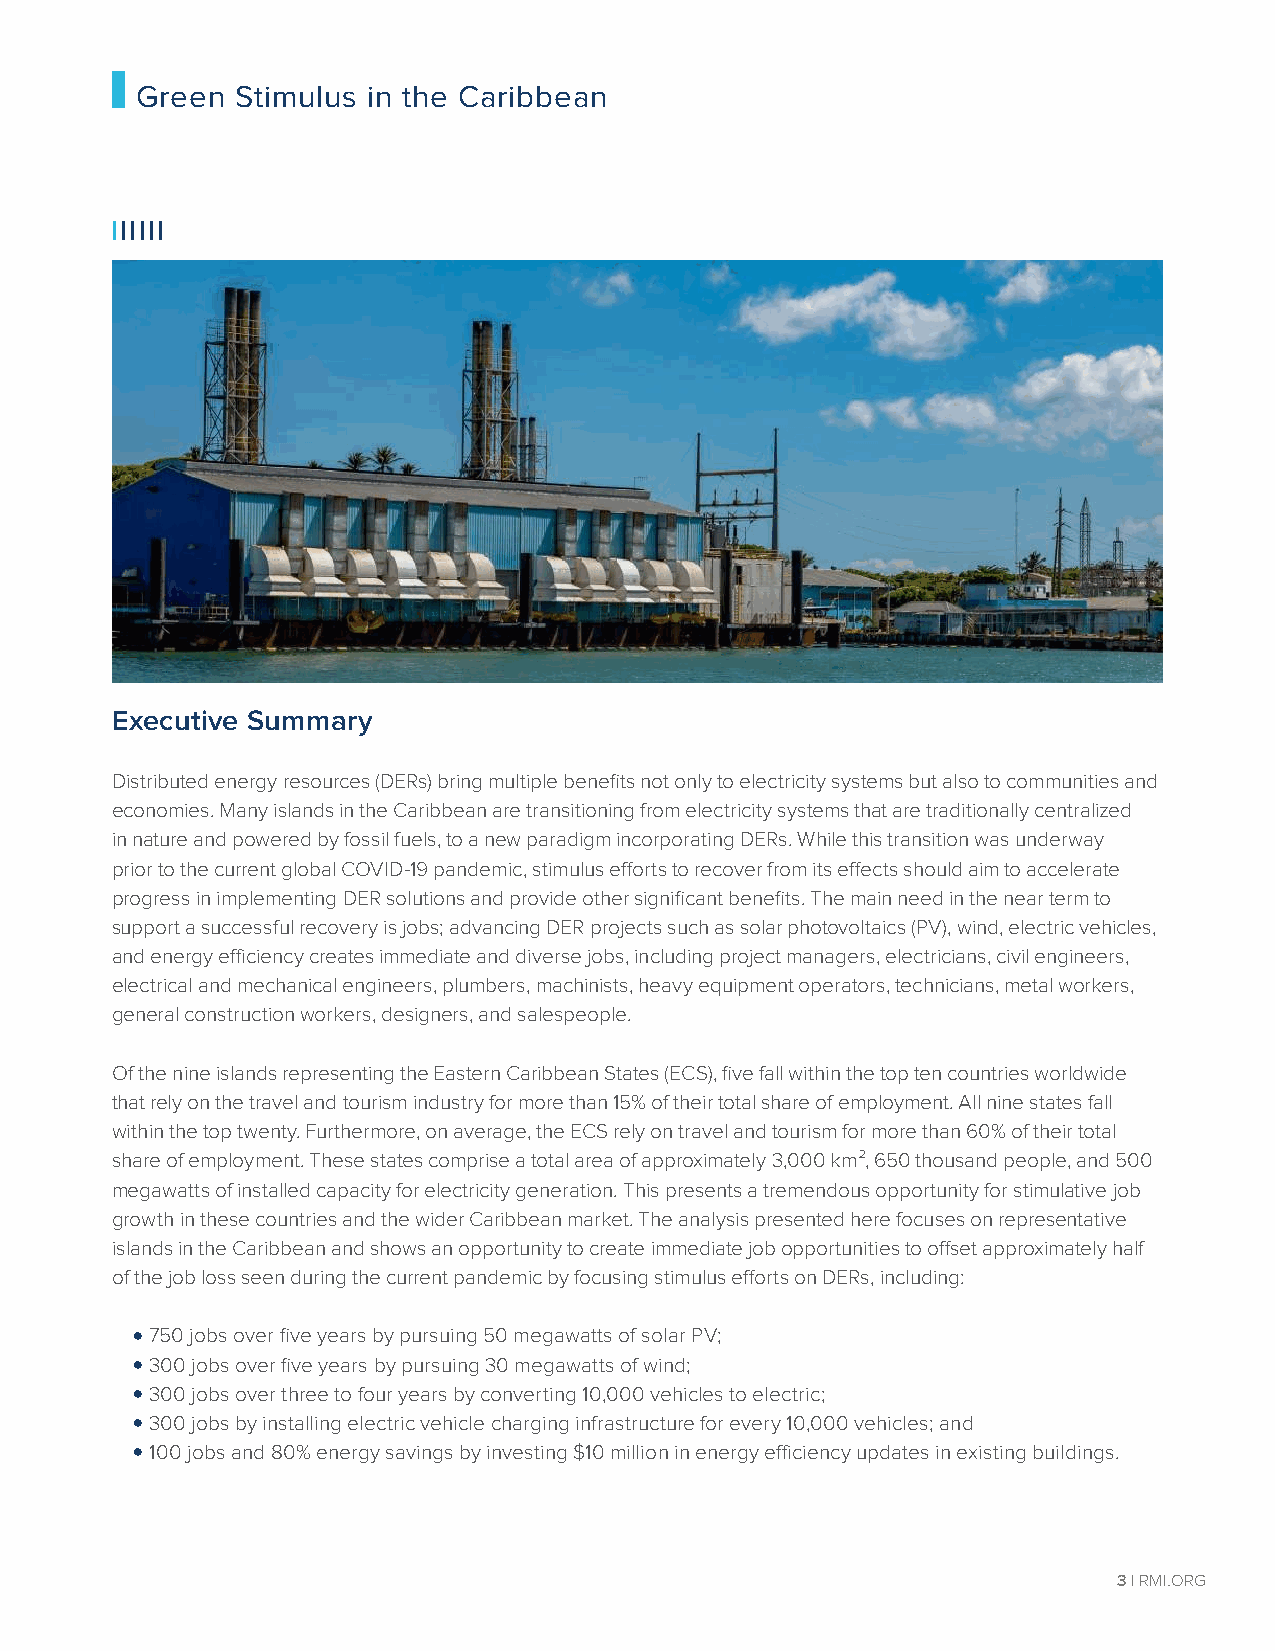
Green  Stimulus in the Caribbean
 IIIIII
 Executive Summary
 Distributed energy resources (DERs) bring multiple benefits not only to electricity systems but also to communities and
 economies. Many islands in the Caribbean are transitioning from electricity systems that are traditionally centralized
 in nature and powered by fossil fuels, to a new paradigm incorporating DERs. While this transition was underway
 prior to the current global COVID-19 pandemic, stimulus efforts to recover from its effects should aim to accelerate
 progress in implementing DER solutions and provide other significant benefits. The main need in the near term to
 support a successful recovery is jobs; advancing DER projects such as solar photovoltaics (PV), wind, electric vehicles,
 and energy efficiency creates immediate and diverse jobs, including project managers, electricians, civil engineers,
 electrical and mechanical engineers, plumbers, machinists, heavy equipment operators, technicians, metal workers,
 general construction workers, designers, and salespeople.
 Of the nine islands representing the Eastern Caribbean States (ECS), five fall within the top ten countries worldwide
 that rely on the travel and tourism industry for more than 15% of their total share of employment. All nine states fall
 within the top twenty. Furthermore, on average, the ECS rely on travel and tourism for more than 60% of their total
 share of employment. These states comprise a total area of approximately 3,000 km², 650 thousand people, and 500
 megawatts of installed capacity for electricity generation. This presents a tremendous opportunity for stimulative job
 growth in these countries and the wider Caribbean market. The analysis presented here focuses on representative
 islands in the Caribbean and shows an opportunity to create immediate job opportunities to offset approximately half
 of the job loss seen during the current pandemic by focusing stimulus efforts on DERs, including:
 •
 750 jobs over five years by pursuing 50 megawatts of solar PV;
 •
 300 jobs over five years by pursuing 30 megawatts of wind;
 •
 300 jobs over three to four years by converting 10,000 vehicles to electric;
 •
 300 jobs by installing electric vehicle charging infrastructure for every 10,000 vehicles; and
 •
 100 jobs and 80% energy savings by investing $10 million in energy efficiency updates in existing buildings.
 3 | RMI.ORG